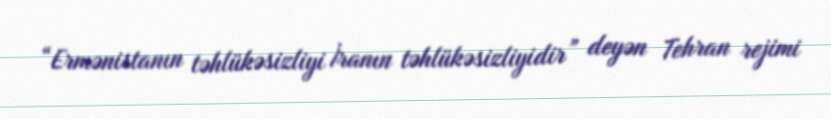
“Ermənistanın təhlükəsizliyi İranın təhlükəsizliyidir” deyən Tehran rejimi